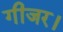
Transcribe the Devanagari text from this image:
गीजर।